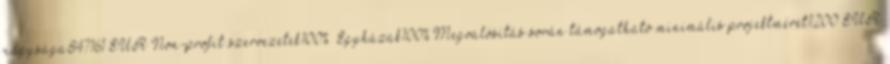
nagysága847161 EUR▪Non-profit szervezetek100% ▪Egyházak100%▪Megvalósítás során támogatható minimális projektméret1200 EUR